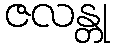
ဇလန္တု